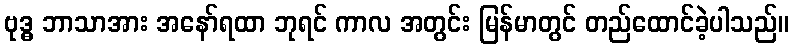
ဗုဒ္ဓ ဘာသာအား အနော်ရထာ ဘုရင် ကာလ အတွင်း မြန်မာတွင် တည်ထောင်ခဲ့ပါသည်။